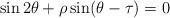
LaTeX: \begin{align*}\sin 2\theta + \rho \sin (\theta-\tau) =0\end{align*}